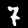
Digit: 7